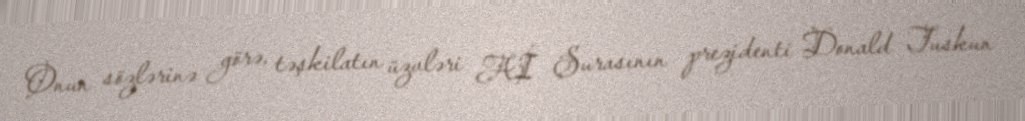
Onun sözlərinə görə, təşkilatın üzvləri Aİ Şurasının prezidenti Donald Tuskun